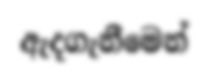
ඇදගැනීමෙන්